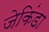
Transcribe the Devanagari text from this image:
जेकिंडा